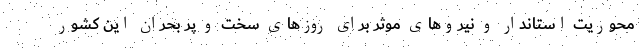
محوریت استاندار و نیروهای موثر برای روزهای سخت و پر بحران این کشور